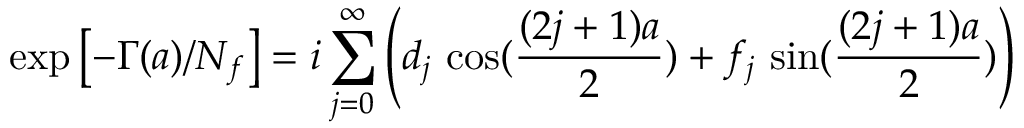
\exp \left[ - \Gamma ( a ) / N _ { f } \right] = i \sum _ { j = 0 } ^ { \infty } \left( d _ { j } \, \cos ( \frac { ( 2 j + 1 ) a } { 2 } ) + f _ { j } \, \sin ( \frac { ( 2 j + 1 ) a } { 2 } ) \right)